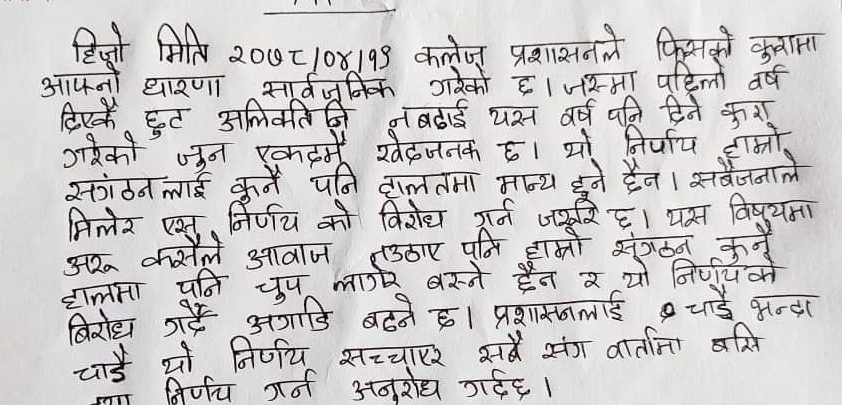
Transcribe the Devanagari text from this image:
हिजो मिति २०७८/०४/१९ कलेज प्रशासनले फिस्को कुरामा
आफ्नो धारणा सार्वजनिक गरेको छ । जसमा पहिलो वर्ष
दिएको छुट अलिकति नि नबढाई यस वर्ष पनि दिने कुरा
गरेको जुन एकदमै खेदजनक छ । यो निर्णय हाम्रो
संगठनलाई कुनै पनि हालतमा मान्य हुने छैन । सबैजनाले
मिलेर यस निर्णयको विरोध गर्न जरूरी छ । यस विषयमा
अरु कसैले आवाज नउठाए पनि हाम्रो संगठन कुनै
हालतमा पनि चुप लागेर बस्ने छैन र यो निर्णयको
विरोध गर्दै अगाडि बढ्ने छ । प्रशासनलाई ० चाडै भन्दा
चाडै यो निर्णय सच्चाएर सबै संग वार्तामा बसि
गया निर्णय गर्न अनुरोध गर्दछ ।